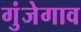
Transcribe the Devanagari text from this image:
गुंजेगाव